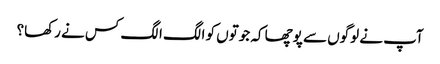
آپ نے لوگوں سے پوچھا کہ جوتوں کو الگ الگ کس نے رکھا؟